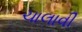
ચાલાવી